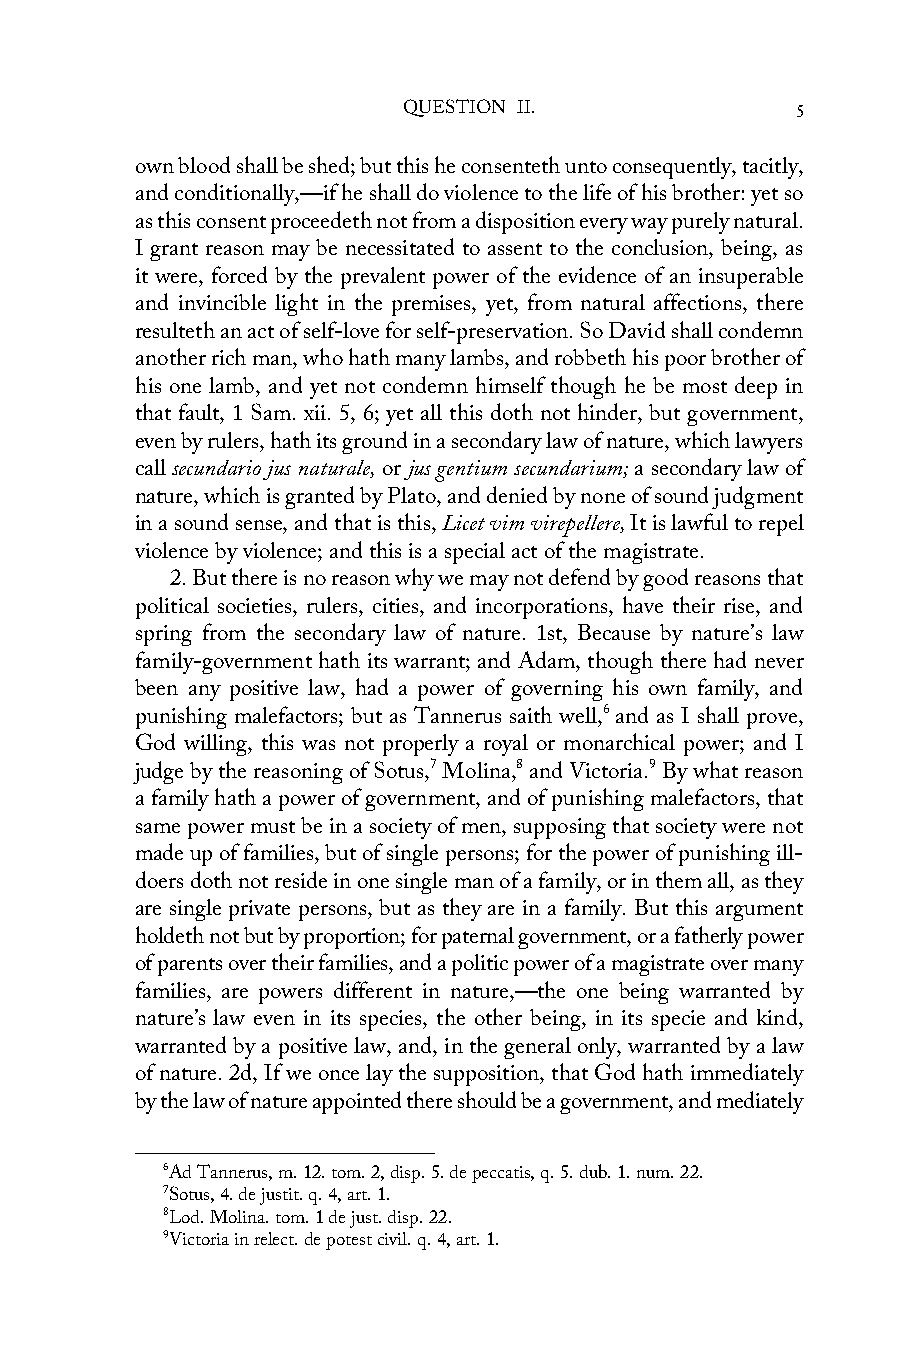
QUESTION II.              5
 own blood shall be shed; but this he consenteth unto consequently, tacitly,
 and conditionally,—if he shall do violence to the life of his brother: yet so
 as this consent proceedeth not from a disposition every way purely natural.
 I grant reason may be necessitated to assent to the conclusion, being, as
 it were, forced by the prevalent power of the evidence of an insuperable
 and invincible light in the premises, yet, from natural affections, there
 resulteth an act of self-love for self-preservation. So David shall condemn
 another rich man, who hath many lambs, and robbeth his poor brother of
 his one lamb, and yet not condemn himself though he be most deep in
 that fault, 1 Sam. xii. 5, 6; yet all this doth not hinder, but government,
 even by rulers, hath its ground in a secondary law of nature, which lawyers
 call secundario jus naturale, or jus gentium secundarium; a secondary law of
 nature, which is granted by Plato, and denied by none of sound judgment
 in a sound sense, and that is this, Licet vim virepellere, It is lawful to repel
 violence by violence; and this is a special act of the magistrate.
 2. But there is no reason why we may not defend by good reasons that
 political societies, rulers, cities, and incorporations, have their rise, and
 spring from the secondary law of nature. 1st, Because by nature’s law
 family-government hath its warrant; and Adam, though there had never
 been any positive law, had a power of governing his own family, and
 punishing malefactors; but as Tannerus saith well,6 and as I shall prove,
 God willing, this was not properly a royal or monarchical power; and I
 judge by the reasoning of Sotus,7 Molina,8 and Victoria.9 By what reason
 a family hath a power of government, and of punishing malefactors, that
 same power must be in a society of men, supposing that society were not
 made up of families, but of single persons; for the power of punishing ill-
 doers doth not reside in one single man of a family, or in them all, as they
 are single private persons, but as they are in a family. But this argument
 holdeth not but by proportion; for paternal government, or a fatherly power
 of parents over their families, and a politic power of a magistrate over many
 families, are powers different in nature,—the one being warranted by
 nature’s law even in its species, the other being, in its specie and kind,
 warranted by a positive law, and, in the general only, warranted by a law
 of nature. 2d, If we once lay the supposition, that God hath immediately
 by the law of nature appointed there should be a government, and mediately
 6Ad Tannerus, m. 12. tom. 2, disp. 5. de peccatis, q. 5. dub. 1. num. 22.
 7Sotus, 4. de justit. q. 4, art. 1.
 8Lod. Molina. tom. 1 de just. disp. 22.
 9Victoria in relect. de potest civil. q. 4, art. 1.